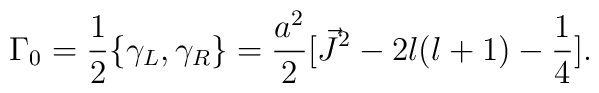
{\Gamma}_{0}=\frac{1}{2}\{{\gamma}_{L},{\gamma}_{R}\}=\frac{a^2}{2}[\vec{J}^2 - 2l(l+1) -\frac{1}{4}].